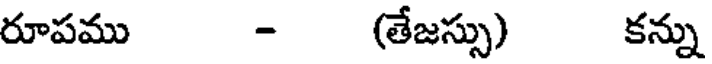
రూపము - (తేజస్సు) కన్ను